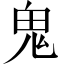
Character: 鬼